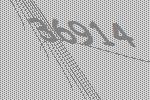
36914